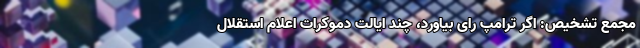
مجمع تشخیص: اگر ترامپ رای بیاورد، چند ایالت دموکرات اعلام استقلال